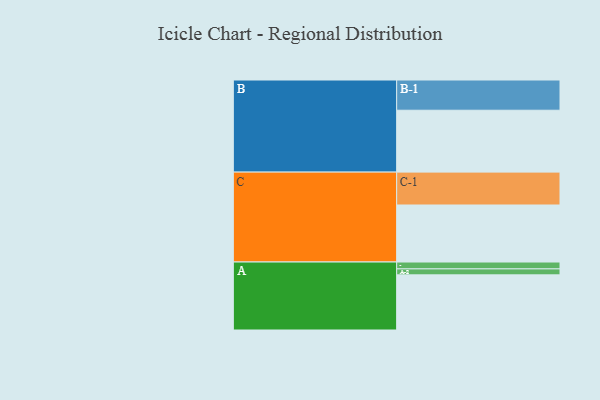
{"axis": {"x": "Segment", "y": "Value"}, "legend": ["", "A", "B", "C"], "data": [{"x": "A", "y": 498, "type": ""}, {"x": "B", "y": 559, "type": ""}, {"x": "C", "y": 515, "type": ""}, {"x": "A-1", "y": 62, "type": "A"}, {"x": "A-2", "y": 54, "type": "A"}, {"x": "B-1", "y": 273, "type": "B"}, {"x": "C-1", "y": 297, "type": "C"}]}